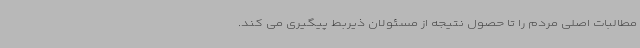
مطالبات اصلی مردم را تا حصول نتیجه از مسئولان ذیربط پیگیری می کند.